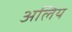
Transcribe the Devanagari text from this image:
अलिय